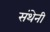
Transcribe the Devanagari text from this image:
संथेनी